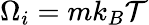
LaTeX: \Omega_{i}=mk_{B}\mathcal{T}